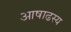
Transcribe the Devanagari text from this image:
आषाढस्य